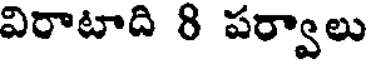
విరాటాది 8 పర్వాలు